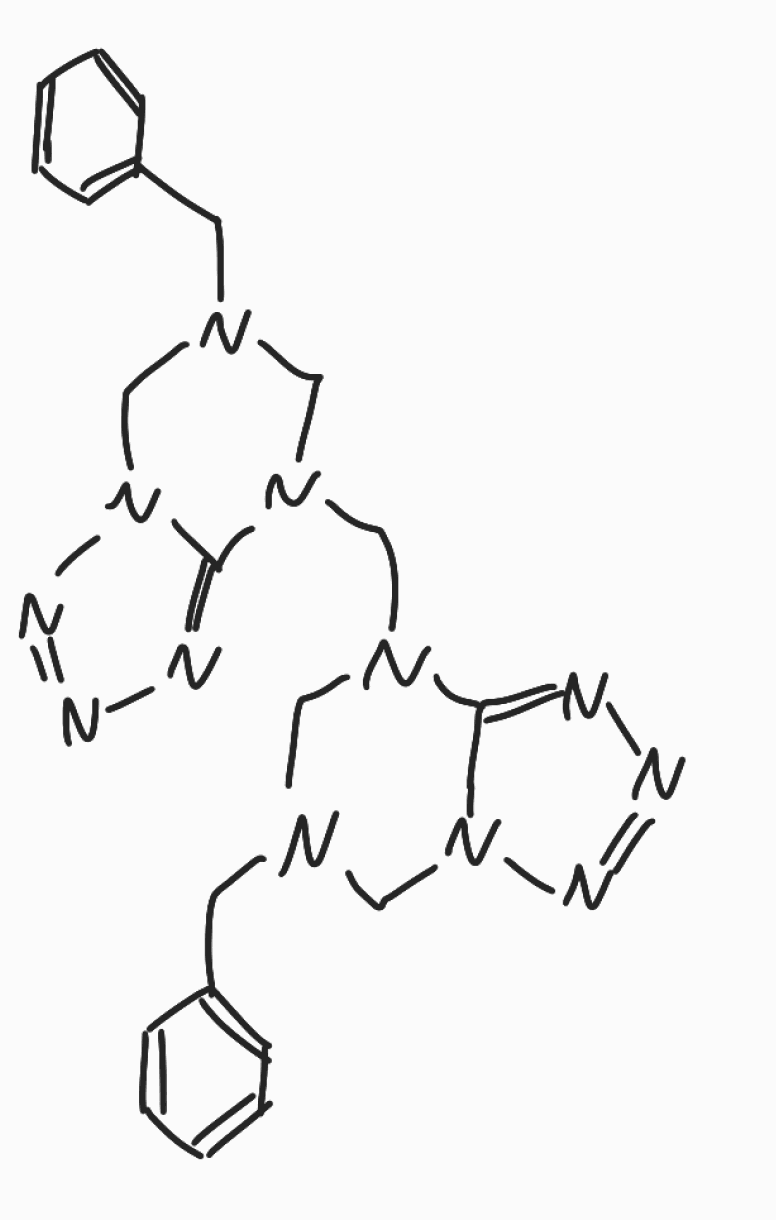
Simplified molecular-input line-entry system (SMILES) notation of the given molecule:
C1N(CN2C(=NN=N2)N1CN3CN(CN4C3=NN=N4)CC5=CC=CC=C5)CC6=CC=CC=C6